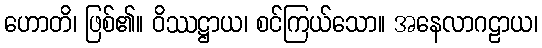
ဟောတိ၊ ဖြစ်၏။ ဝိဿဋ္ဌာယ၊ စင်ကြယ်သော။ အနေလာဂဠာယ၊